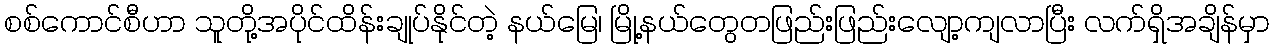
စစ်ကောင်စီဟာ သူတို့အပိုင်ထိန်းချုပ်နိုင်တဲ့ နယ်မြေ၊ မြို့နယ်တွေတဖြည်းဖြည်းလျော့ကျလာပြီး လက်ရှိအချိန်မှာ